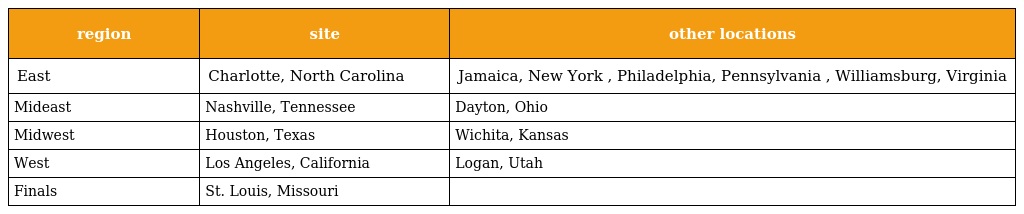
| region | site | other locations |
 | --- | --- | --- |
 | East | Charlotte, North Carolina | Jamaica, New York , Philadelphia, Pennsylvania , Williamsburg, Virginia |
 | Mideast | Nashville, Tennessee | Dayton, Ohio |
 | Midwest | Houston, Texas | Wichita, Kansas |
 | West | Los Angeles, California | Logan, Utah |
 | Finals | St. Louis, Missouri |  |